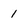
Character: 1